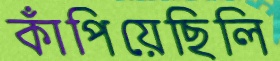
কাঁপিয়েছিলি